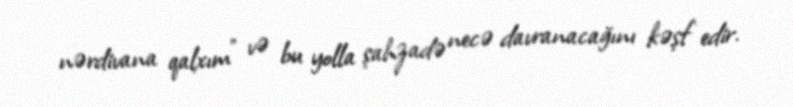
nərdivana qalxım" və bu yolla şahzadə necə davranacağını kəşf edir.